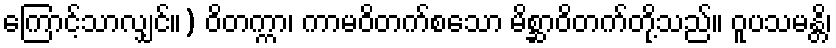
ကြောင့်သာလျှင်။) ဝိတက္ကာ၊ ကာမဝိတက်စသော မိစ္ဆာဝိတက်တို့သည်။ ဝူပသမန္တိ၊